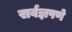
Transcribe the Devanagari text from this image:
सर्वज्ञपणे